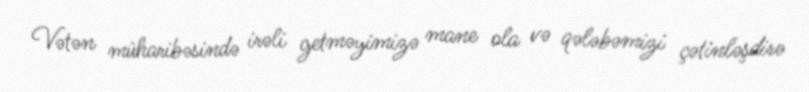
Vətən müharibəsində irəli getməyimizə mane ola və qələbəmizi çətinləşdirə